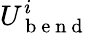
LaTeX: U_{\mathrm{~b~e~n~d~}}^{i}